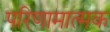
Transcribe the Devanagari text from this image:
परिणामात्‍मक